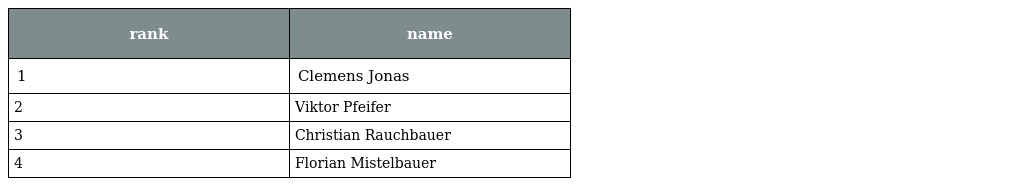
| rank | name |
 | --- | --- |
 | 1 | Clemens Jonas |
 | 2 | Viktor Pfeifer |
 | 3 | Christian Rauchbauer |
 | 4 | Florian Mistelbauer |